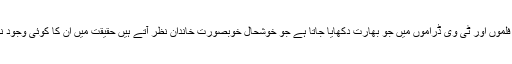
بھارتی فلموں اور ٹی وی ڈراموں میں جو بھارت دکھایا جاتا ہے جو خوشحال خوبصورت خاندان نظر آتے ہیں حقیقت میں ان کا کوئی وجود نہیںہے۔